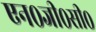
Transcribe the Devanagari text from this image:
एन०जी०सी०